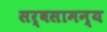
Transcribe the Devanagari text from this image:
सर्वसामन्य